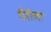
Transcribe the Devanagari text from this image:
गैरोला